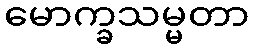
မောက္ခသမ္မတာ